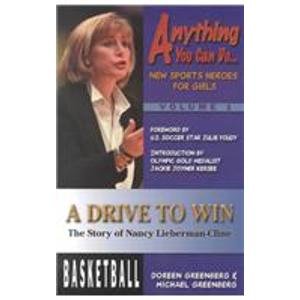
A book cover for A Drive to Win: The Story of Nancy Lieberman-cline (Anything You Can Do); Doreen Greenberg; Teen & Young Adult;